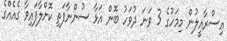
އިސްރާއީލުން މިމަހުގެ 3 ވަނަ ދުވަހު ބޮން އަޅާ ސުންނާފަތި ކޮށްލާފައިވާ ގެއެއްގެ